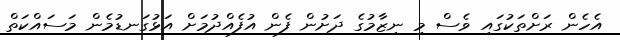
އެހެން ރަށްތަކުގައި ވެސް މި ނިޒާމުގެ ދަށުން ފެން އުފެއްދުމަށް އަޅުގަނޑުމެން މަސައްކަތް